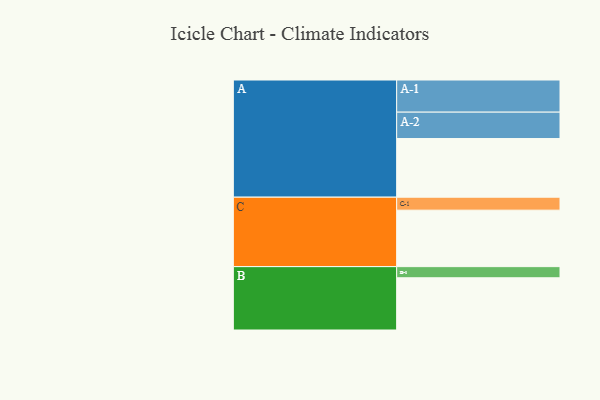
{"axis": {"x": "Segment", "y": "Value"}, "legend": ["", "A", "B", "C"], "data": [{"x": "A", "y": 511, "type": ""}, {"x": "B", "y": 455, "type": ""}, {"x": "C", "y": 492, "type": ""}, {"x": "A-1", "y": 280, "type": "A"}, {"x": "A-2", "y": 230, "type": "A"}, {"x": "B-1", "y": 97, "type": "B"}, {"x": "C-1", "y": 113, "type": "C"}]}